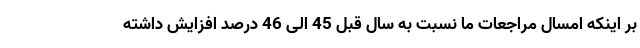
بر اینکه امسال مراجعات ما نسبت به سال قبل 45 الی 46 درصد افزایش داشته